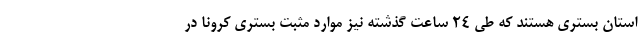
استان بستری هستند که طی ۲۴ ساعت گذشته نیز موارد مثبت بستری کرونا در